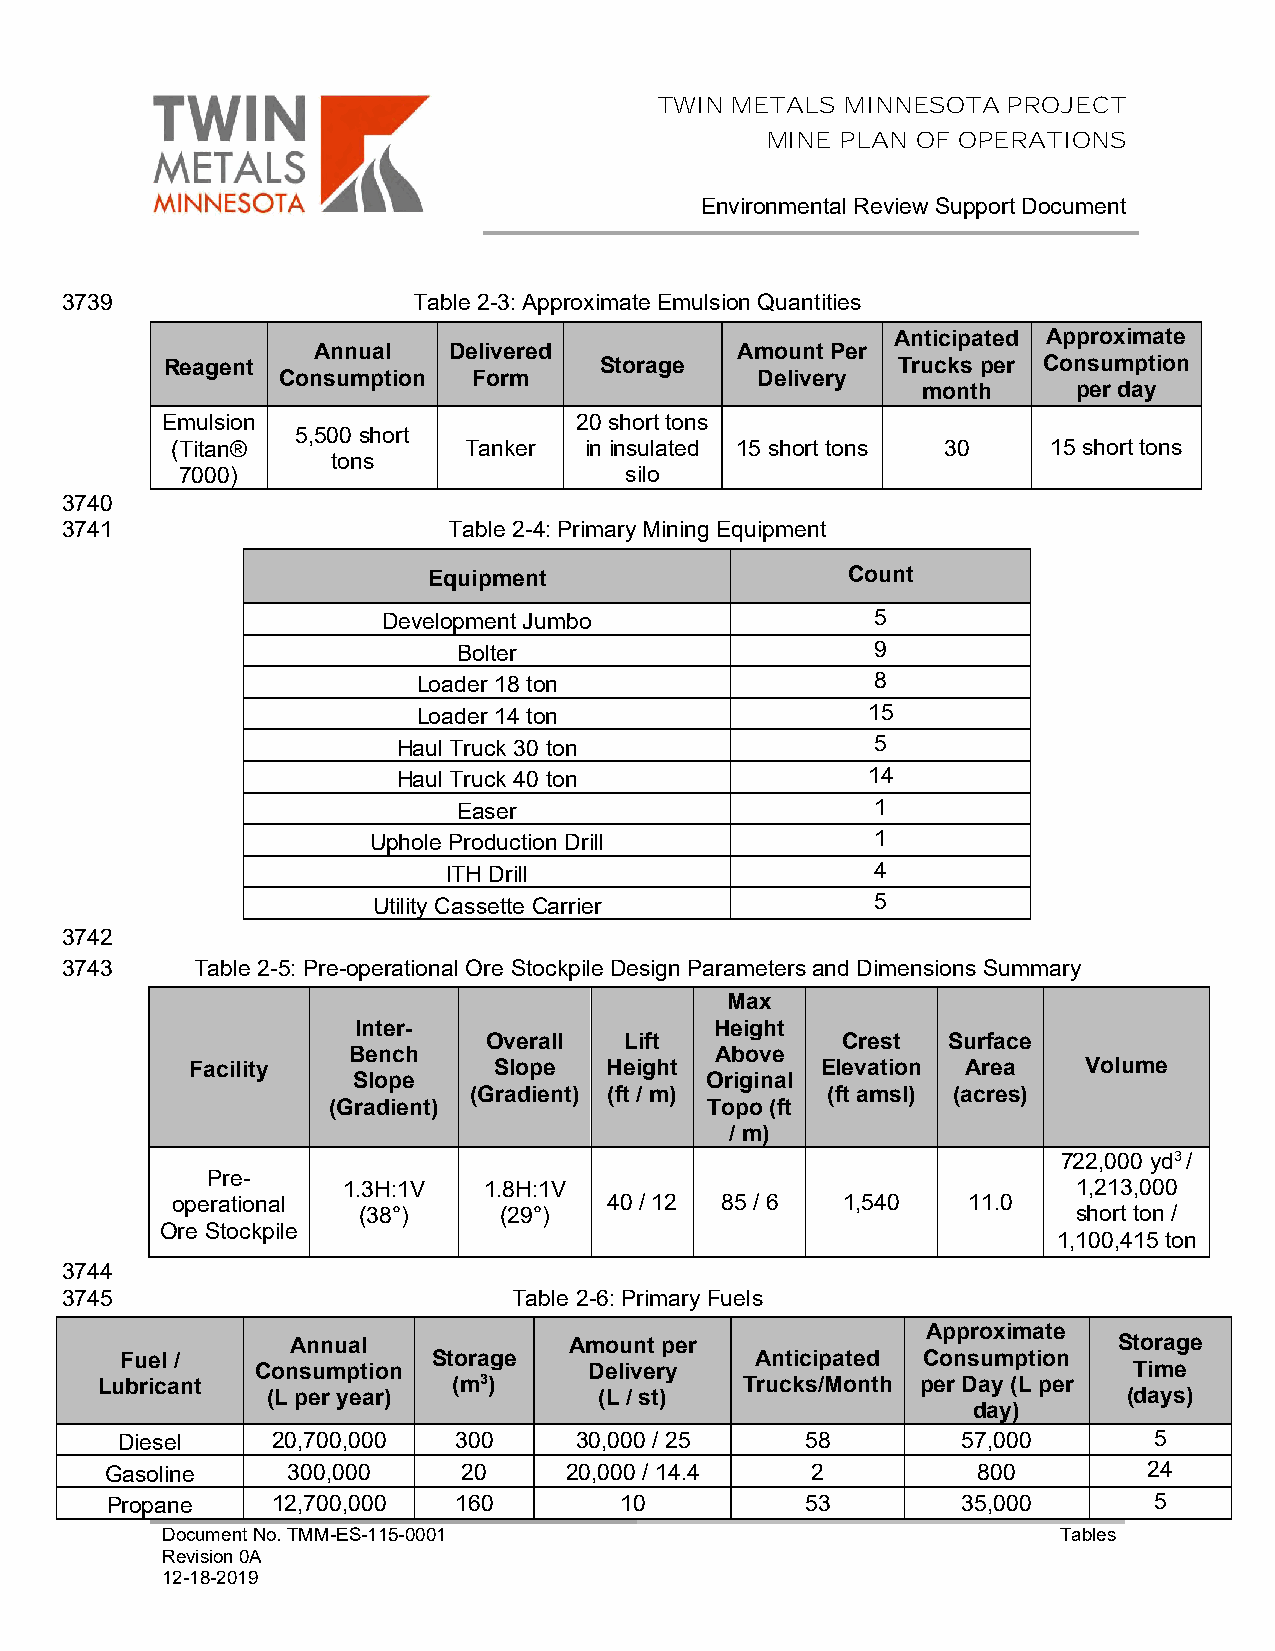
TWIN METALS MINNESOTA  PROJECT
 MINE PLAN OF OPERATIONS
 Environmental Review Support Document
 3739                   Table 2-3: Approximate Emulsion Quantities
 Anticipated Approximate
 Annual   Delivered          Amount Per
 Reagent                      Storage            Trucks per Consumption
 Consumption  Form               Delivery
 month     per day
 Emulsion                   20 short tons
 5,500 short
 (Titan®             Tanker  in insulated 15 short tons 30  15 short tons
 tons
 7000)                        silo
 3740
 3741                      Table 2-4: Primary Mining Equipment
 Equipment                   Count
 Development Jumbo                5
 Bolter                      9
 Loader 18 ton                 8
 Loader 14 ton                15
 Haul Truck 30 ton               5
 Haul Truck 40 ton              14
 Easer                       1
 Uphole Production Drill           1
 ITH Drill                   4
 Utility Cassette Carrier         5
 3742
 3743     Table 2-5: Pre-operational Ore Stockpile Design Parameters and Dimensions Summary
 Max
 Inter-                 Height
 Overall  Lift           Crest  Surface
 Bench                   Above
 Facility            Slope  Height        Elevation Area    Volume
 Slope                   Original
 (Gradient) (ft / m)     (ft amsl) (acres)
 (Gradient)               Topo (ft
 / m)
 722,000 yd3 /
 Pre-
 1.3H:1V  1.8H:1V                                1,213,000
 operational                  40 / 12 85 / 6  1,540   11.0
 (38°)    (29°)                                 short ton /
 Ore Stockpile
 1,100,415 ton
 3744
 3745                          Table 2-6: Primary Fuels
 Approximate
 Annual             Amount per                          Storage
 Fuel /               Storage              Anticipated Consumption
 Consumption           Delivery                            Time
 Lubricant               (m3)               Trucks/Month per Day (L per
 (L per year)          (L / st)                           (days)
 day)
 Diesel    20,700,000  300     30,000 / 25    58         57,000      5
 Gasoline    300,000     20    20,000 / 14.4    2          800        24
 Propane    12,700,000  160        10          53         35,000      5
 Document No. TMM-ES-115-0001                               Tables
 Revision 0A
 12-18-2019